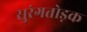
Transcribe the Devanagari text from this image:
सुरंगतोड़क